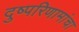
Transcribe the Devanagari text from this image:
दुष्परिणामांचा